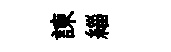
諫緇